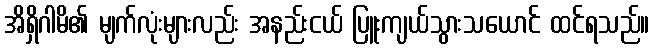
အိရှိဂါမိ၏ မျက်လုံးများလည်း အနည်းငယ် ပြူးကျယ်သွားသယောင် ထင်ရသည်။